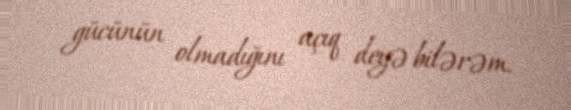
gücünün olmadığını açıq deyə bilərəm.